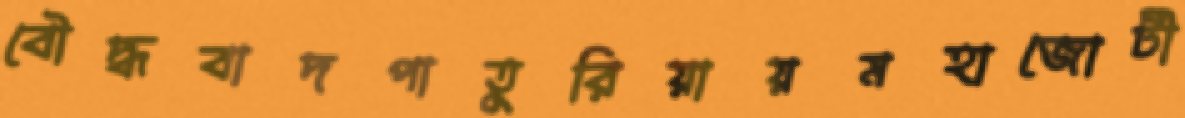
বৌদ্ধবাদপাতুরিয়ায়মহাজোটী